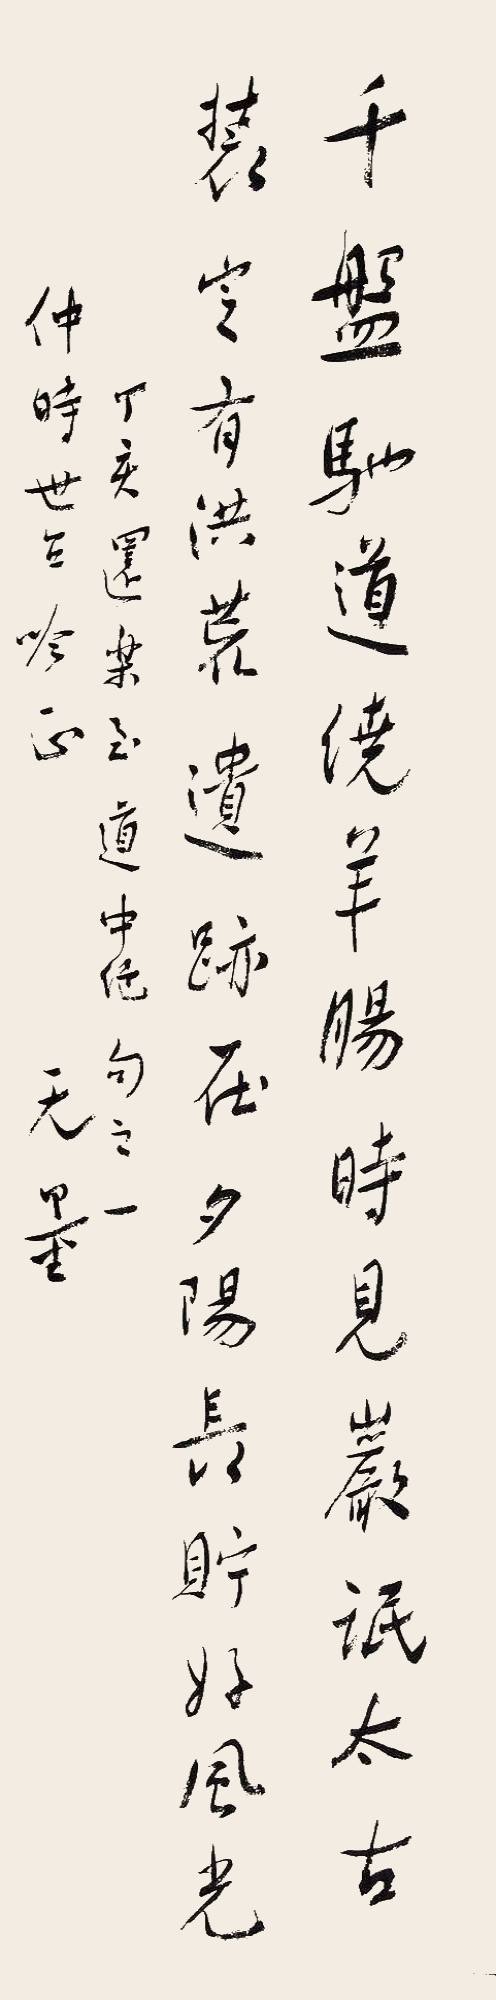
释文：千盘驰道绕羊肠，时见岩氓太古装；空有洪荒遗迹在，夕阳长贮好风光。丁亥还某至道中绝句之一，仲时世兄吟正，无量。